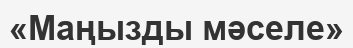
«Маңызды мәселе»